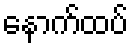
နောက်ထပ်